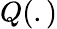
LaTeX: Q(.)